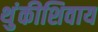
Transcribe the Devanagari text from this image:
थुंकीशिवाय